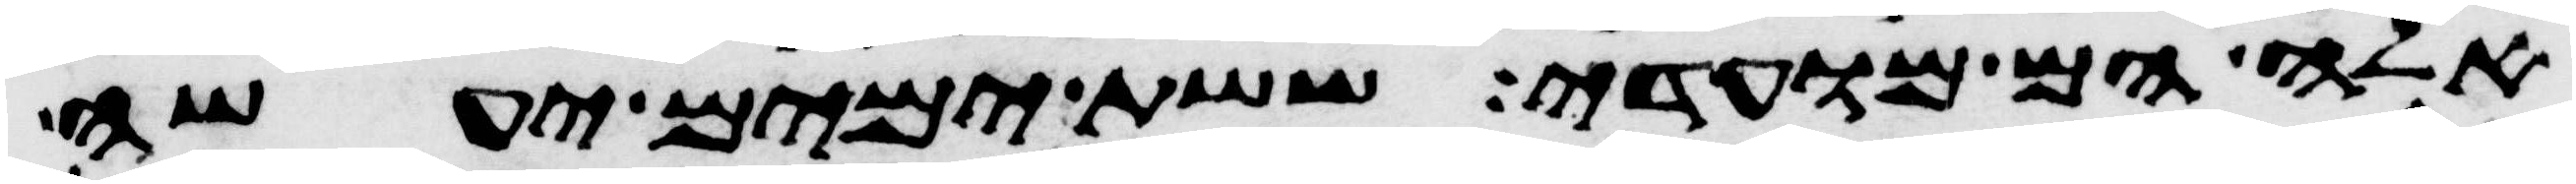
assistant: אלה הם מועדי ששת ימים יעשה